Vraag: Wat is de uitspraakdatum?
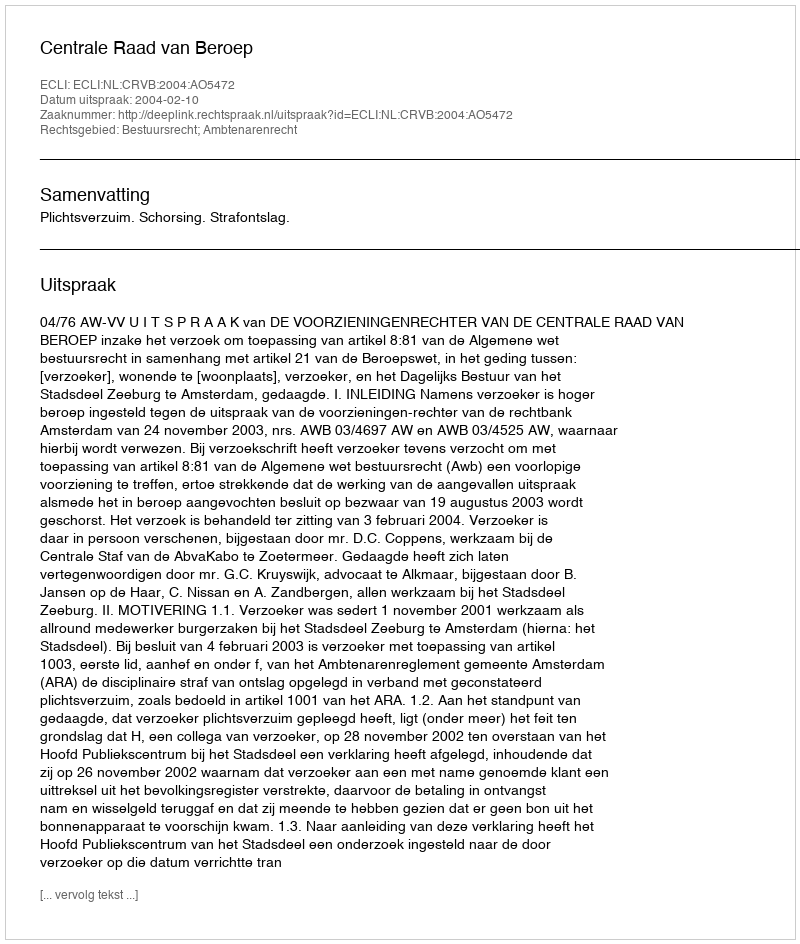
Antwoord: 2004-02-10